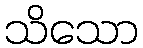
သိသော